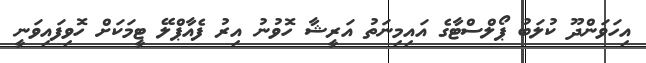
އިހަވަންދޫ ކުލަބު ޕޯލްސްޓާގެ އައިމިނަތު އަރީޝާ ހޮވުނު އިރު ފެއާޕްލޭ ޓީމަކަށް ހޮވިފައިވަނީ